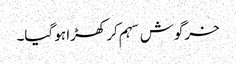
خرگوش سہم کر کھڑا ہو گیا۔